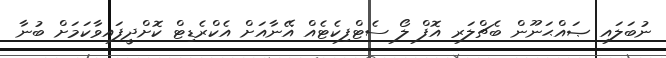
ނުބަލައި ޞައްޙަނޫން ބެޗްލަރ އޮފް ލޯ ސެޓްފިކެޓެއް އޭނާއަށް އެކްރެޑިޓް ކޮށްދީފައިވާކަމަށް ބުނާ